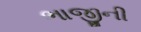
ભાજીની